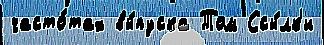
часто́тах вы́пуска Том Ссы́лк'и